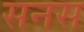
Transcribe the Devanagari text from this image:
सनस